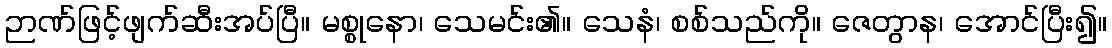
ဉာဏ်ဖြင့်ဖျက်ဆီးအပ်ပြီ။ မစ္စုနော၊ သေမင်း၏။ သေနံ၊ စစ်သည်ကို။ ဇေတွာန၊ အောင်ပြီး၍။